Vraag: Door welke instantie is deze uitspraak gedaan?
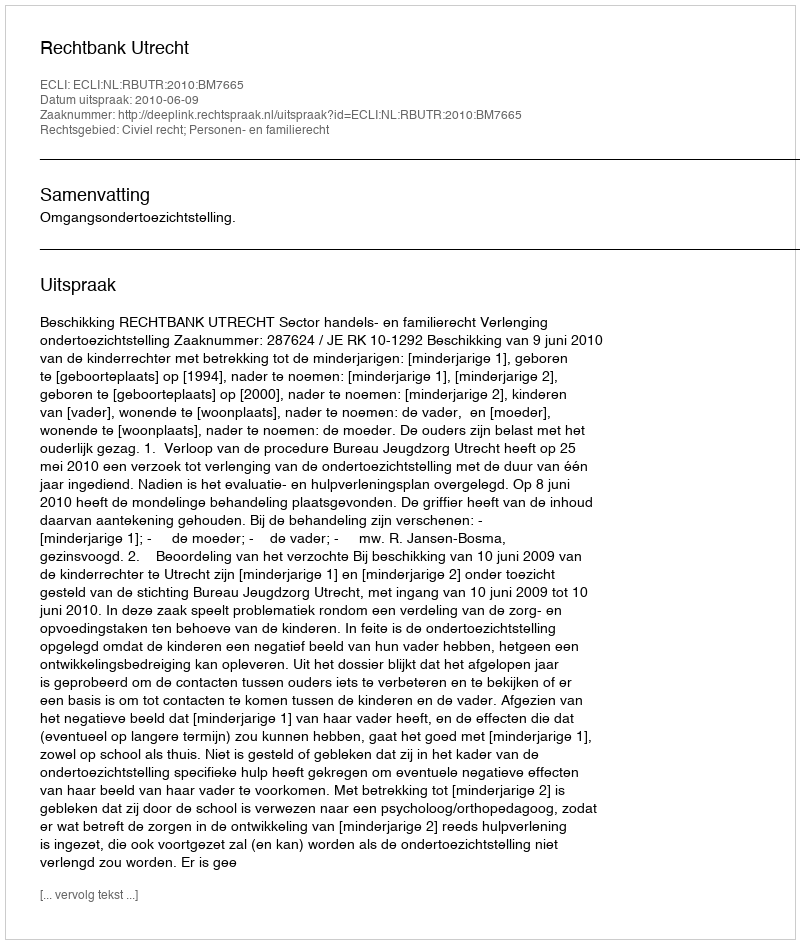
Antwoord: Rechtbank Utrecht